Madras plague regulations in force outside the Presidency town - Volume 2
Disease focus: Plague
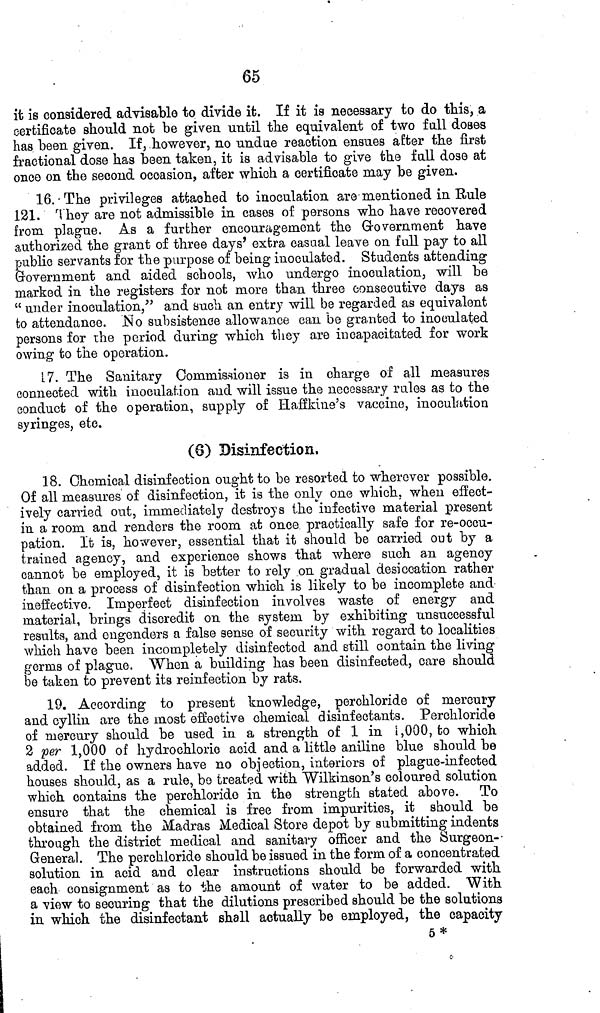
65
it is considered advisable to divide it. If it is necessary to do this, a
certificate should not be given until the equivalent of two full doses
has been given. If, .however, no undue reaction ensues after the first
fractional dose has been taken, it is advisable to give the full dose at
once on the second occasion, after which a certificate may be given.
16. The privileges attached to inoculation are mentioned in Rule
121. They are not admissible in cases of persons who have recovered
from plague. As a further encouragement the Government have
authorized the grant of three days' extra casual leave on full pay to all
public servants for the purpose of being inoculated. Students attending
Government and aided schools, who undergo inoculation, will be
marked in the registers for not more than three consecutive days as
" under inoculation," and such an entry will be regarded as equivalent
to attendance. No subsistence allowance can be granted to inoculated
persons for the period during which they are incapacitated for work
owing to the operation.
17. The Sanitary Commissioner is in charge of all measures
connected with inoculation and will issue the necessary rules as to the
conduct of the operation, supply of Haffkine's vaccine, inoculation
syringes, etc.
(8) Disinfection.
18. Chemical disinfection ought to be resorted to wherever possible.
Of all measures of disinfection, it is the only one which, when effect-
ively carried out, immediately destroys the infective material present
in a room and renders the room at once practically safe for re-occu-
pation. It is, however, essential that it should be carried out by a
trained agency, and experience shows that where such an agency
cannot be employed, it is better to rely on gradual desiccation rather
than on a process of disinfection which is likely to be incomplete and
ineffective. Imperfect disinfection involves waste of energy and
material, brings discredit on the system by exhibiting unsuccessful
results, and engenders a false sense of security with regard to localities
which have been incompletely disinfected and still contain the living
germs of plague. When a building has been disinfected, care should
be taken to prevent its reinfection by rats.
19. According to present knowledge, perchloride of mercury
and cyllin are the most effective chemical disinfectants. Perchloride
of mercury should be used in a strength of 1 in 1,000, to which
2 per 1,000 of hydrochloric acid and a little aniline blue should be
added. If the owners have no objection, interiors of plague-infected
houses should, as a rule, be treated with Wilkinson's coloured solution
which contains the perchloride in the strength stated above. To
ensure that the chemical is free from impurities, it should be
obtained from the Madras Medical Store depot by submitting indents
through the district medical and sanitary officer and the Surgeon-
General. The perchloride should be issued in the form of a concentrated
solution in acid and clear instructions should be forwarded with
each consignment as to the amount of water to be added. With
a view to securing that the dilutions prescribed should be the solutions
in which the disinfectant shall actually be employed, the capacity
5*